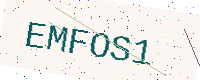
Text: EMFOS1